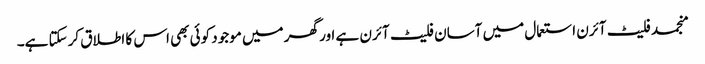
منجمد فلیٹ آئرن استعمال میں آسان فلیٹ آئرن ہے اور گھر میں موجود کوئی بھی اس کا اطلاق کرسکتا ہے۔